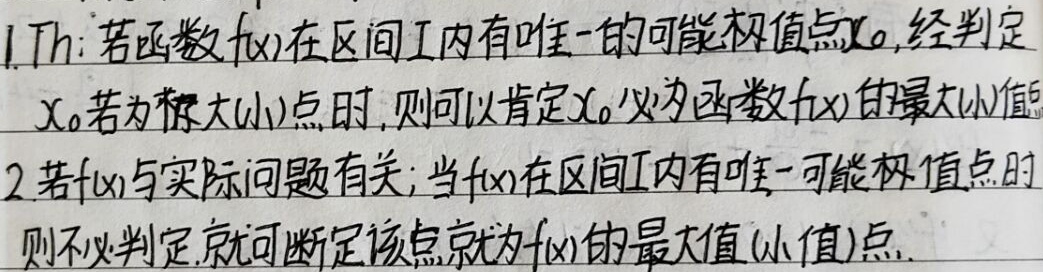
1. Th：若函数\(f(x)\)在区间\(I\)内有唯一的可能极值点\(x_{0}\)，经判定\(x_{0}\)若为极大（小）点时，则可以肯定\(x_{0}\)必为函数\(f(x)\)的最大（小）值点。

2. 若\(f(x)\)与实际问题有关；当\(f(x)\)在区间\(I\)内有唯一可能极值点时则不必判定，就可断定该点就为\(f(x)\)的最大值（小值）点。